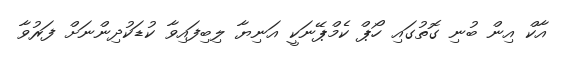
އާކް އިން ބުނި ގޮތުގައި ހޯޕް ކެމްޕޭނަކީ އަނިޔާ ލިބިފައިވާ ކުޑަކުދިންނަށް ފަރުވާ